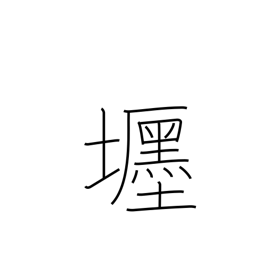
Meaning: fine residence